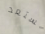
نستعد